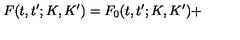
F ( t , t ^ { \prime } ; K , K ^ { \prime } ) = F _ { 0 } ( t , t ^ { \prime } ; K , K ^ { \prime } ) +